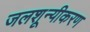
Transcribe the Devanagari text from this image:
जलशून्यीकरण